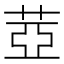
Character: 𦲕